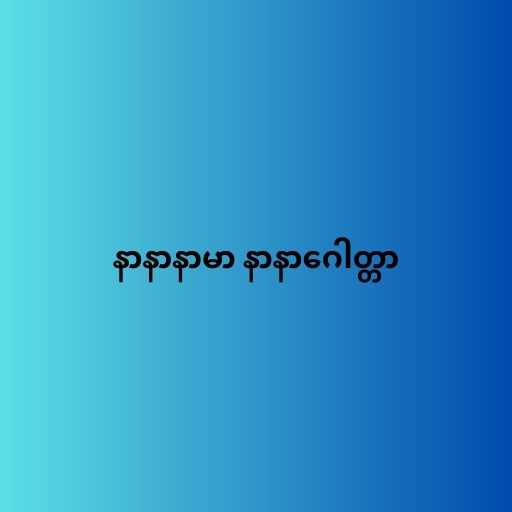
နာနာနာမာ နာနာဂေါတ္တာ